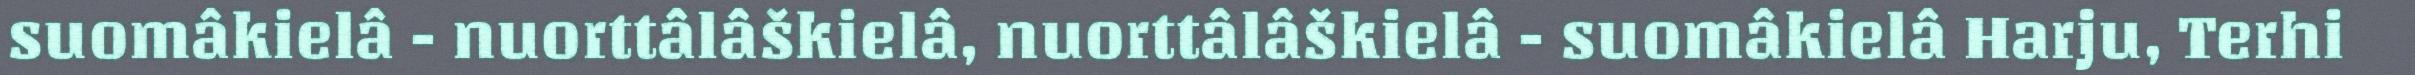
suomâkielâ - nuorttâlâškielâ, nuorttâlâškielâ - suomâkielâ Harju, Terhi